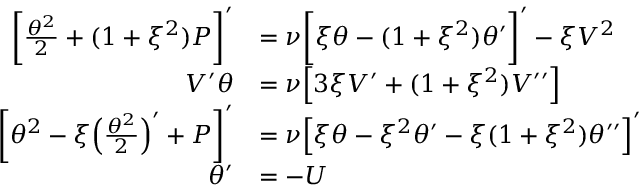
\begin{array} { r l } { \bigg [ \frac { \theta ^ { 2 } } { 2 } + ( 1 + \xi ^ { 2 } ) P \bigg ] ^ { \prime } } & { = \nu \bigg [ \xi \theta - ( 1 + \xi ^ { 2 } ) \theta ^ { \prime } \bigg ] ^ { \prime } - \xi V ^ { 2 } } \\ { V ^ { \prime } \theta } & { = \nu \Big [ 3 \xi V ^ { \prime } + ( 1 + \xi ^ { 2 } ) V ^ { \prime \prime } \Big ] } \\ { \bigg [ \theta ^ { 2 } - \xi \Big ( \frac { \theta ^ { 2 } } { 2 } \Big ) ^ { \prime } + P \bigg ] ^ { \prime } } & { = \nu \Big [ \xi \theta - \xi ^ { 2 } \theta ^ { \prime } - \xi ( 1 + \xi ^ { 2 } ) \theta ^ { \prime \prime } \Big ] ^ { \prime } } \\ { \theta ^ { \prime } } & { = - U } \end{array}